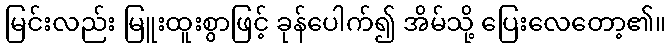
မြင်းလည်း မြူးထူးစွာဖြင့် ခုန်ပေါက်၍ အိမ်သို့ ပြေးလေတော့၏။